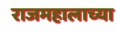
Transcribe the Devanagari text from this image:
राजमहालाच्या